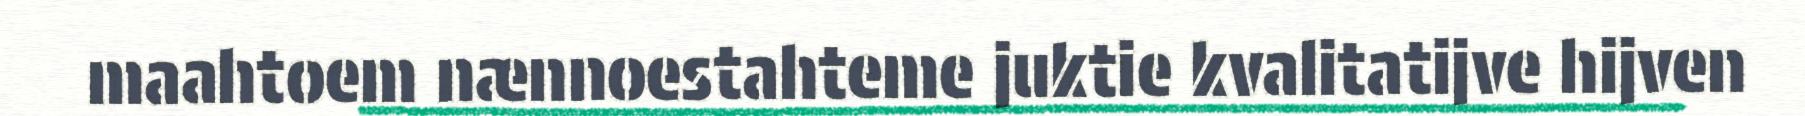
maahtoem nænnoestahteme juktie kvalitatijve hijven